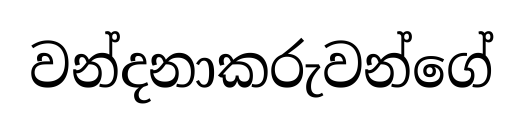
වන්දනාකරුවන්ගේ